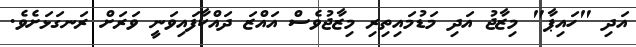
އަދި "ހައިޕާ" މިޒާޖު އަދި މަޑުމައިތިރި މިޒާޖުވެސް އައްޒަ ދައްކާފައިވަނީ ވަރަށް ރަނގަޅަށެވެ.